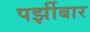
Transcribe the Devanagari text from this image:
पर्झीबार